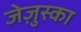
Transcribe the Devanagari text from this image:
जेज़ुस्का